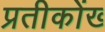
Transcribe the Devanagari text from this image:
प्रतीकोंख्‍